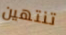
تنتهين